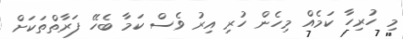
މި ހުރިހާ ކަމެއް މިހެން ހުރި އިރު ވެސް ކަމާ ބެހޭ ފަރާތްތަކަށް